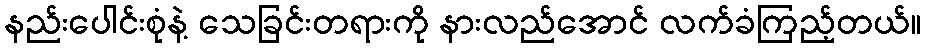
နည်းပေါင်းစုံနဲ့ သေခြင်းတရားကို နားလည်အောင် လက်ခံကြည့်တယ်။